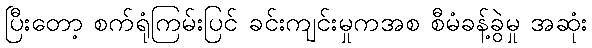
ပြီးတော့ စက်ရုံကြမ်းပြင် ခင်းကျင်းမှုကအစ စီမံခန့်ခွဲမှု အဆုံး